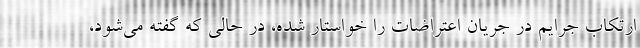
ارتکاب جرایم در جریان اعتراضات را خواستار شده، در حالی که گفته می‌شود،